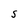
Character: S